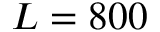
L = 8 0 0